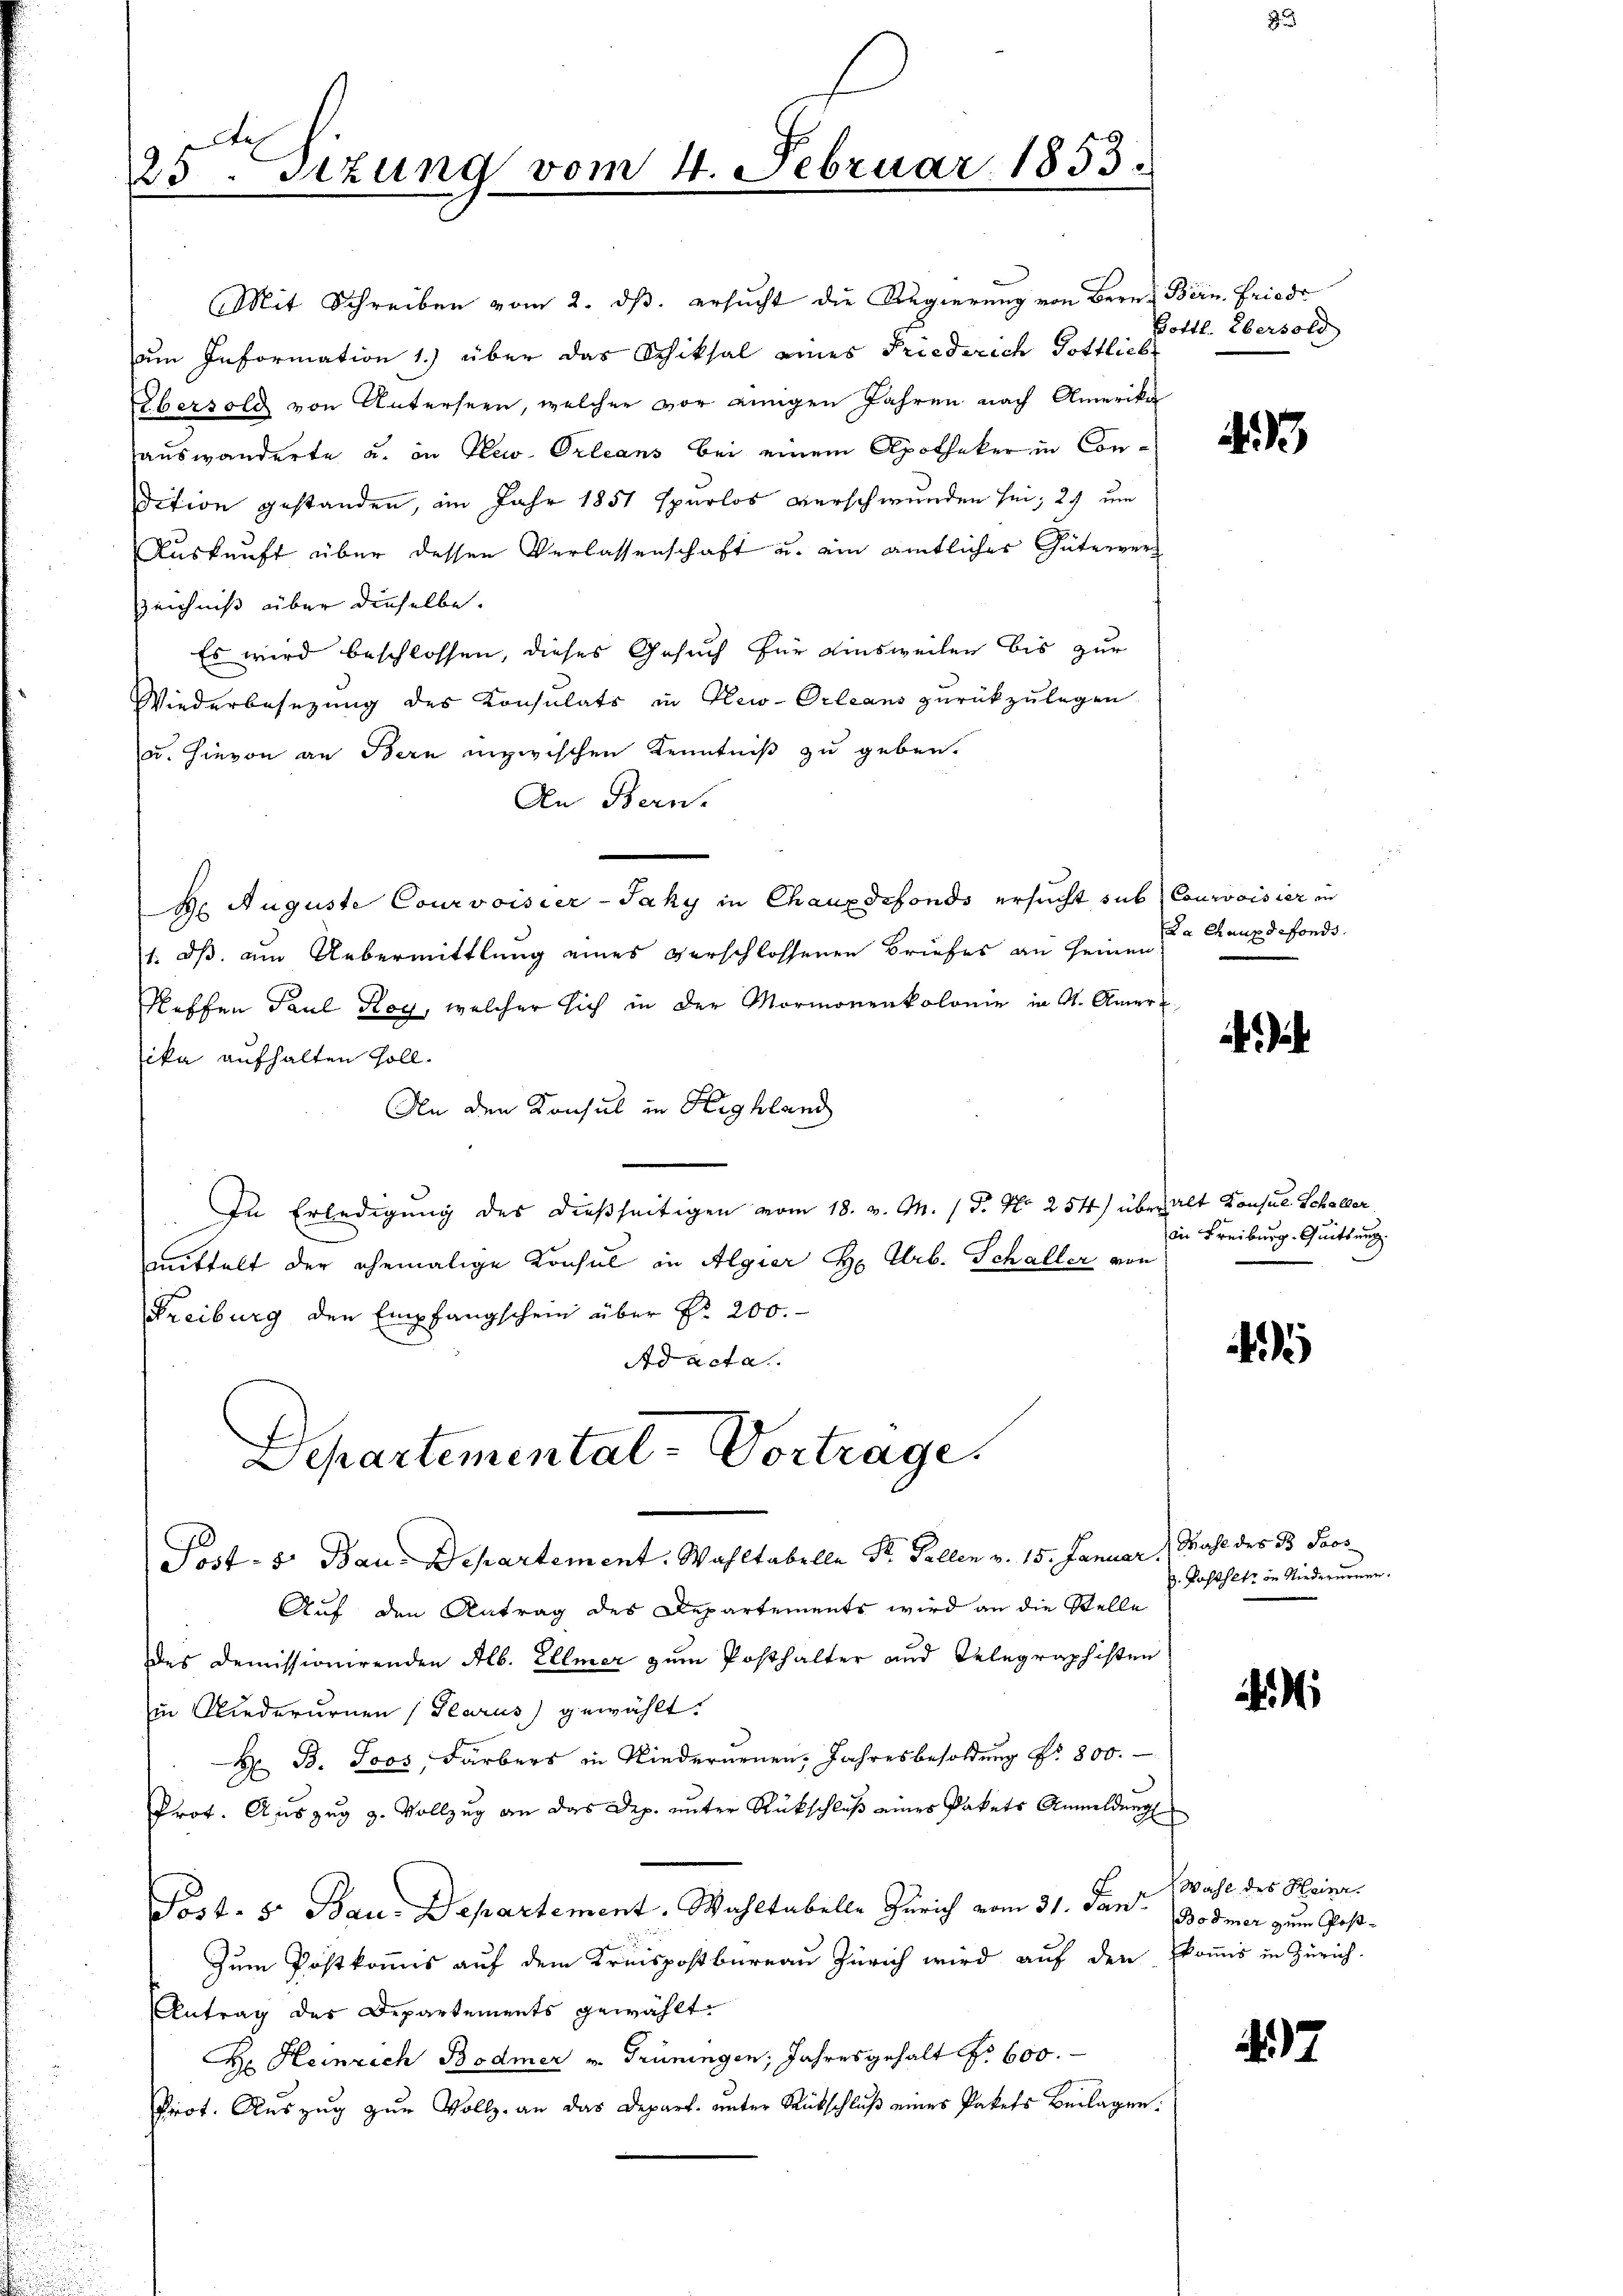
te
25. Sitzung vom 4. Februar 1853.

Mit Schreiben vom 2. ds. ersucht die Regierung von Bern Bern. Friede
um Information 1.) über das Schiksal eines Friederich Gottliebe
Übersolg von Unterseen, welcher vor einigen Jahren nach Amerika
auswanderte u. in Plav. Orleans bei einem Apotheker in Condition gestanden, im Jahr 1851 spurlos verschwunden sei; 2) um
Auskunft über dessen Verlassenschaft u. ein amtlicher Güterver¬
Zeichniß über dieselbe.
Es wird beschlossen, dieses Gesuch für Ainsweilen bis zur
Wiederbesezung des Konsulats in Plew-Orleans zurückzulegen
u. Hievon an Bern inzwischen Kenntniß zu geben.
An Bern.
H. Auguste Courvoisier-Jaky in Chauxdefonds ersucht sub Courvoisier in
1. dß. am Uebermittlung eines verschlossenen Briefes an seinen Chauxdefonds.
Scheffen Paul Hog, welcher sich in der Mormonenkolonie in St. Amer
ika aufhalten soll.
An den Konsul in Highland
In Erledigung des dießseitigen vom 18. v. M. 1 P. Nr. 254) überhalt Konsul Schöller,
mittelt der ehemalige Konsul in Algier H. Feb. Schaller von
Freiburg den Empfangschein über Nr. 200.
Ad acta
Departemental-Vortrage.

Post- 8. Bau-Departement. Wahltabelle St. Gallen v. 15. Januar.

Auf den Antrag des Departements wird an die Stelle
des Demissionirenden Alb. Ellmer zum Posthalter und Gelegraphisten
in Gliederurnen (Glarus) gewählt.
H B. Joos, Färbers in Niederneuen, Jahresbesoldung Nr. 800.
Prot. Auszug z. Vollzug an das Dep. unter Rückschluß einer Pakets Anmeldung
Post- 5. Bau-Departement. Wahltabelle Zürich vom 31. Jan. Bodmer zum Paß¬
Zum Postkommis auf dem Kreispostbureau Zürich wird auf den kommis in Zürich.
Antrag des Departements gewählt.
H Heinrich Bodmer v. Grüningen, Jahresgehalt No 600.
Prot. Aŭszŭg zŭr Vollz, an das Depart ŭnter Rückschlŭβ eines Pakets Beilagen.

Gottl. Ebersold

4

in Freiburg. Quittung.

5

Mahl des B. Pass
z. Posthet in Niederurnen.

i

Wahl des Heinr.

47